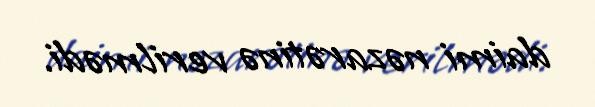
daimi nəzarətinə verilmədi.